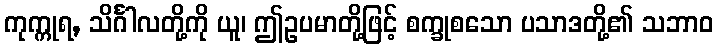
ကုက္ကုရ, သိင်္ဂါလတို့ကို ယူ၊ ဤဥပမာတို့ဖြင့် စက္ခုစသော ပသာဒတို့၏ သဘာဝ